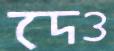
দেও